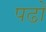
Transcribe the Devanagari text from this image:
पढो